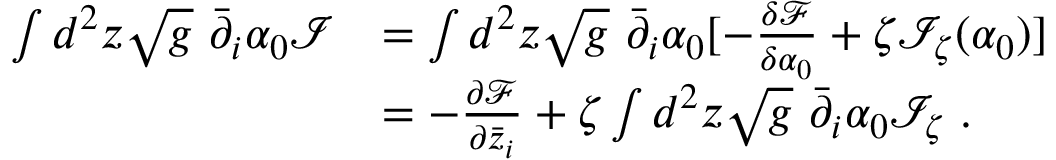
\begin{array} { r l } { \int d ^ { 2 } z \sqrt { g } \ \bar { \partial } _ { i } \alpha _ { 0 } \mathcal I } & { = \int d ^ { 2 } z \sqrt { g } \ \bar { \partial } _ { i } \alpha _ { 0 } [ - \frac { \delta { \mathcal F } } { \delta \alpha _ { 0 } } + \zeta \mathcal I _ { \zeta } ( \alpha _ { 0 } ) ] } \\ & { = - \ensuremath { \frac { \partial \mathcal F } { \partial \bar { z } _ { i } } } + \zeta \int d ^ { 2 } z \sqrt { g } \ \bar { \partial } _ { i } \alpha _ { 0 } \mathcal I _ { \zeta } \; . } \end{array}